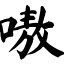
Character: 嗷